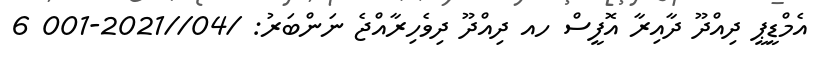
އެމްޑީޕީ ދިއްދޫ ދާއިރާ އޮފީސް ހއ ދިއްދޫ ދިވެހިރާއްޖެ ނަންބަރު: /04//2021-001 6